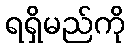
ရရှိမည်ကို